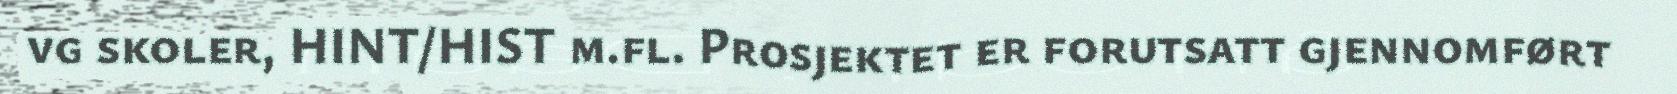
vg skoler, HINT/HIST m.fl. Prosjektet er forutsatt gjennomført